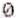
0